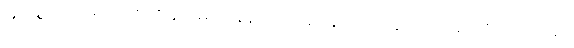
မြတ်စွာဘုရားသည်။ ပုဗ္ဗနှသမယံ၊ နံနက်အခါ၌။ နိဝါသေတွာ၊ သင်းပိုင်ကို ပြင်ဝတ်၍။